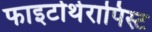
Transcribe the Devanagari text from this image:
फाइटोथेरापिस्ट